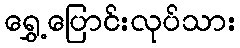
ရွှေ့ပြောင်းလုပ်သား